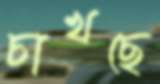
চাখছে